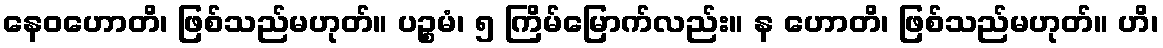
နေဝဟောတိ၊ ဖြစ်သည်မဟုတ်။ ပဉ္စမံ၊ ၅ ကြိမ်မြောက်လည်း။ န ဟောတိ၊ ဖြစ်သည်မဟုတ်။ ဟိ၊